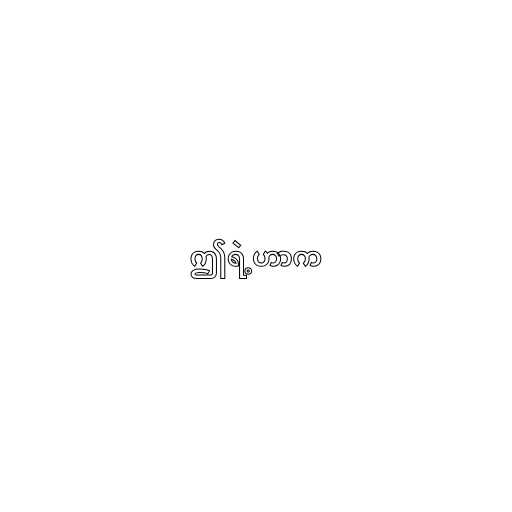
ဤရဲ့ဟာက